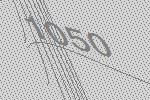
1050